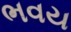
ભવય